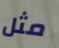
مثل